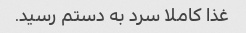
غذا کاملا سرد به دستم رسید.